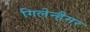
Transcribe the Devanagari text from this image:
गिलेन्हैमर